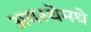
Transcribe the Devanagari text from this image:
अवस्थेमधे